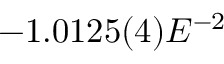
- 1 . 0 1 2 5 ( 4 ) E ^ { - 2 }